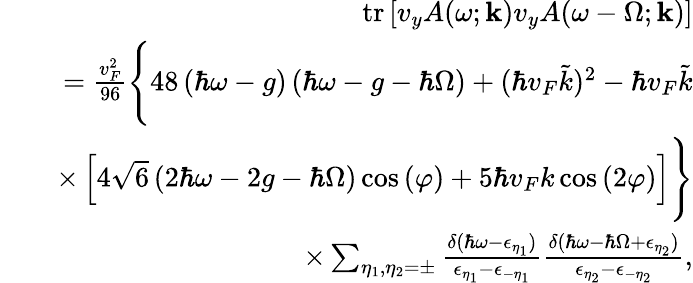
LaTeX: \begin{array}{rlr}&{}&{\mathrm{tr}\left[v_{y}A(\omega;\mathbf{k})v_{y}A(\omega-\Omega;\mathbf{k})\right]}\\ &{}&{=\frac{v_{F}^{2}}{96}\Bigg\{ 48\left(\hbar\omega-g\right)\left(\hbar\omega-g-\hbar\Omega\right)+(\hbar v_{F}\tilde{k})^{2}-\hbar v_{F}\tilde{k}}\\ &{}&{\times\left[4\sqrt{6}\left(2\hbar\omega-2g-\hbar\Omega\right)\cos{(\varphi)}+5\hbar v_{F}k\cos{(2\varphi)}\right]\Bigg\} }\\ &{}&{\times\sum_{\eta_{1},\eta_{2}=\pm}\frac{\delta(\hbar\omega-\epsilon_{\eta_{1}})}{\epsilon_{\eta_{1}}-\epsilon_{-\eta_{1}}}\frac{\delta(\hbar\omega-\hbar\Omega+\epsilon_{\eta_{2}})}{\epsilon_{\eta_{2}}-\epsilon_{-\eta_{2}}},}\end{array}